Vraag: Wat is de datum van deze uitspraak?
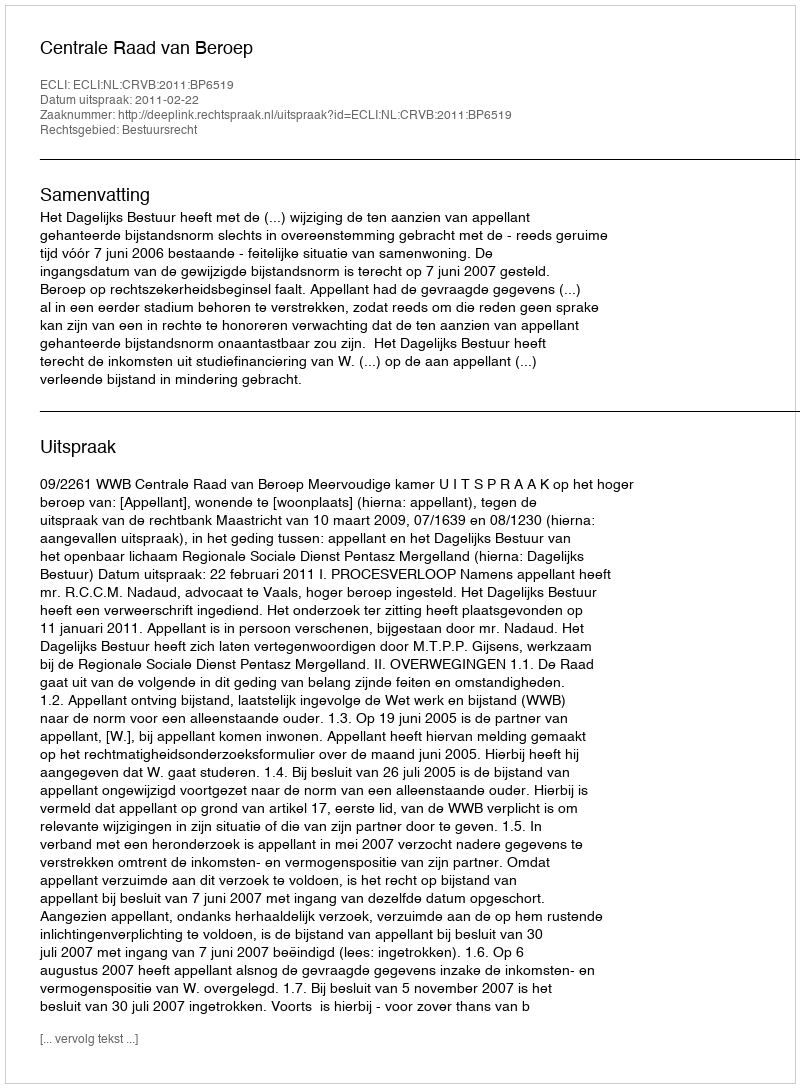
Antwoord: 2011-02-22